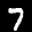
Label: 7